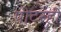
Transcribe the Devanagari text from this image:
पीटरही